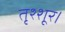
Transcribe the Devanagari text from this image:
तृश्शूर।